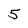
Character: 5